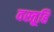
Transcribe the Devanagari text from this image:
वस्तूहि